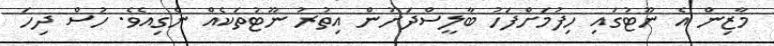
މާޒިން އެ ނޫޓުގައި ހިފުމަށްފަހު ބާލީސްދަށުން އިތުރު ނޫޓުތަކެއް ނެގިއެވެ. ހުސް ދިހަ